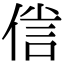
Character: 𠋜